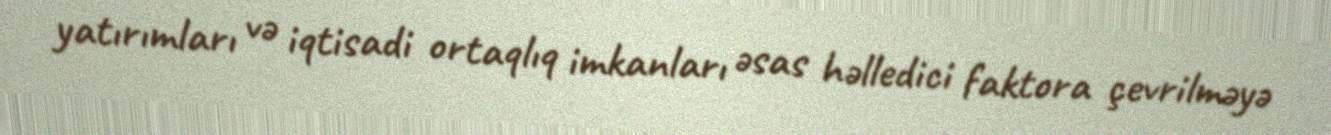
yatırımları və iqtisadi ortaqlıq imkanları əsas həlledici faktora çevrilməyə